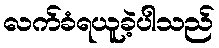
လက်ခံရယူခဲ့ပါသည်